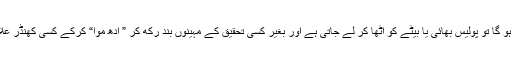
ایف آئی آر میں باپ کا نام ہو گا تو پولیس بھائی یا بیٹے کو اٹھا کر لے جاتی ہے اور بغیر کسی تحقیق کے مہینوں بند رکھ کر ” ادھ موا“ کرکے کسی کھنڈر علاقے میں پھینک جاتی ہے۔